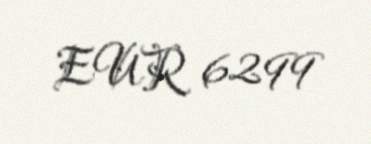
EUR 6299